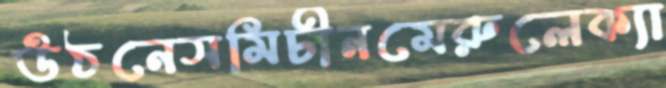
উঠনেসমিচীনমেরুলেক্যা